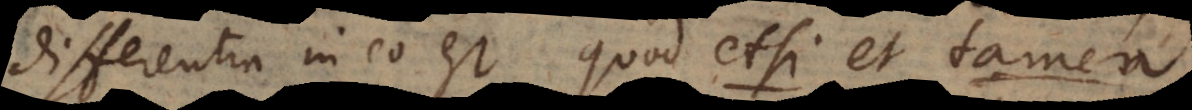
differentia in eo est quod etsi et tamen